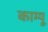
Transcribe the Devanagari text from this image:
काम्पू